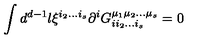
\int d ^ { d - 1 } l \xi ^ { i _ { 2 } \ldots i _ { s } } \partial ^ { i } G _ { i i _ { 2 } \ldots i _ { s } } ^ { \mu _ { 1 } \mu _ { 2 } \ldots \mu _ { s } } = 0